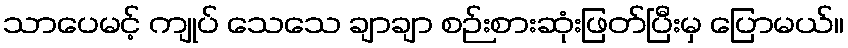
သာပေမင့် ကျုပ် သေသေ ချာချာ စဉ်းစားဆုံးဖြတ်ပြီးမှ ပြောမယ်။